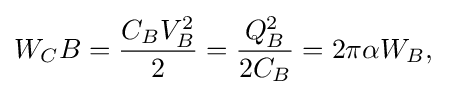
W_{C}B={\frac {C_{B}V_{B}^{2}}{2}}={\frac {Q_{B}^{2}}{2C_{B}}}=2\pi \alpha W_{B},\